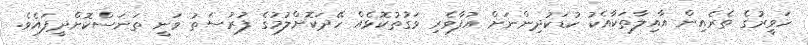
ހަވީރުގެ ތެރެއިން އާއިލާތަކާއެކު ކުޑަކުދިންނަށް އުފާވެރި ވަގުތުކޮޅެއް ހޭދަކޮށްލުމުގެ ފުރުސަތު ވަނީ ތަނަސްކޮށްދީފައެވެ.